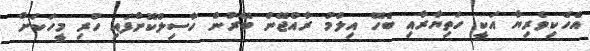
އެހެކިވެރިޔާ އަކީ ހަތިޔާރާއި ބެހޭ އިލްމު ރާއްޖޭން ބޭރުން ހާސިލްކޮށްފައި ހުރި މީހަކަށް